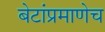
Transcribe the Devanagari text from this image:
बेटांप्रमाणेच